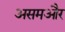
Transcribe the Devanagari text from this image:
असमऔर